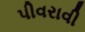
પીવરાવી